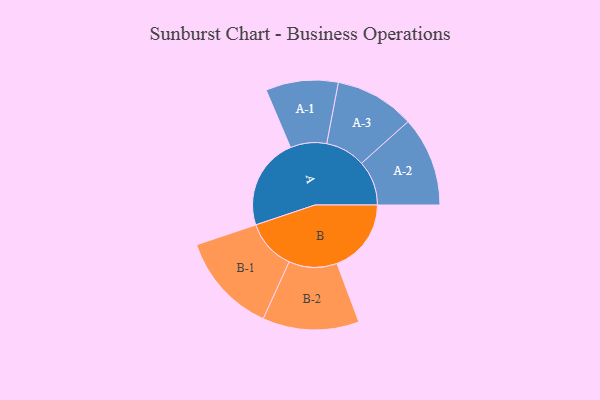
{"axis": {"x": "Segment", "y": "Value"}, "legend": ["", "A", "B"], "data": [{"x": "A", "y": 488, "type": ""}, {"x": "B", "y": 396, "type": ""}, {"x": "A-1", "y": 193, "type": "A"}, {"x": "A-2", "y": 239, "type": "A"}, {"x": "A-3", "y": 213, "type": "A"}, {"x": "B-1", "y": 268, "type": "B"}, {"x": "B-2", "y": 257, "type": "B"}]}